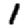
Digit: 1